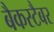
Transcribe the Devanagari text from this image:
बैकस्टैबर